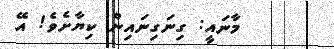
މާނައީ: ގިނަގިނައިން ކިޔާށެވެ! އޭ